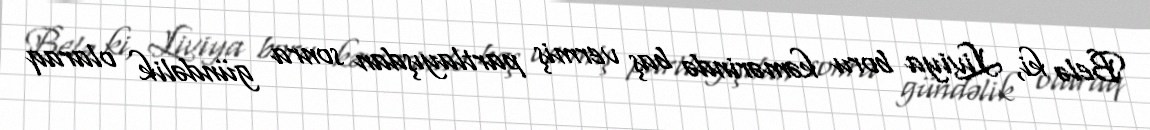
Belə ki, Liviya boru kəmərində baş vermiş partlayışdan sonra gündəlik olaraq